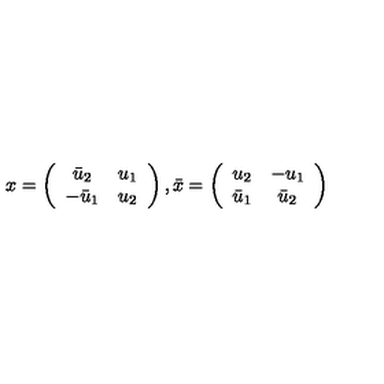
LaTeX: x = \left( \begin{array} { c c } { \bar { u } _ { 2 } } & { u _ { 1 } } \\ { - \bar { u } _ { 1 } } & { u _ { 2 } } \\ \end{array} \right) , \bar { x } = \left( \begin{array} { c c } { u _ { 2 } } & { - u _ { 1 } } \\ { \bar { u } _ { 1 } } & { \bar { u } _ { 2 } } \\ \end{array} \right)